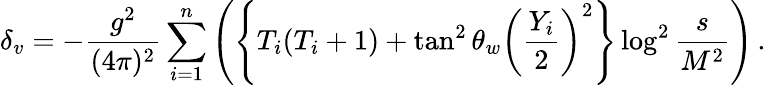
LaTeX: \delta_{v}=-\frac{g^{2}}{(4\pi)^{2}}\sum_{i=1}^{n}\left(\left\{ T_{i}(T_{i}+1)+\tan^{2}\theta_{w}\left(\frac{Y_{i}}{2}\right)^{2}\right\} \log^{2}\frac{s}{M^{2}}\right)\, .